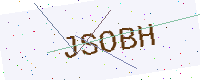
Text: JSOBH